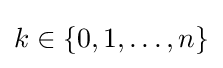
k\in \{0,1,\dots ,n\}